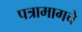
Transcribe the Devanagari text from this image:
पत्रामागचे